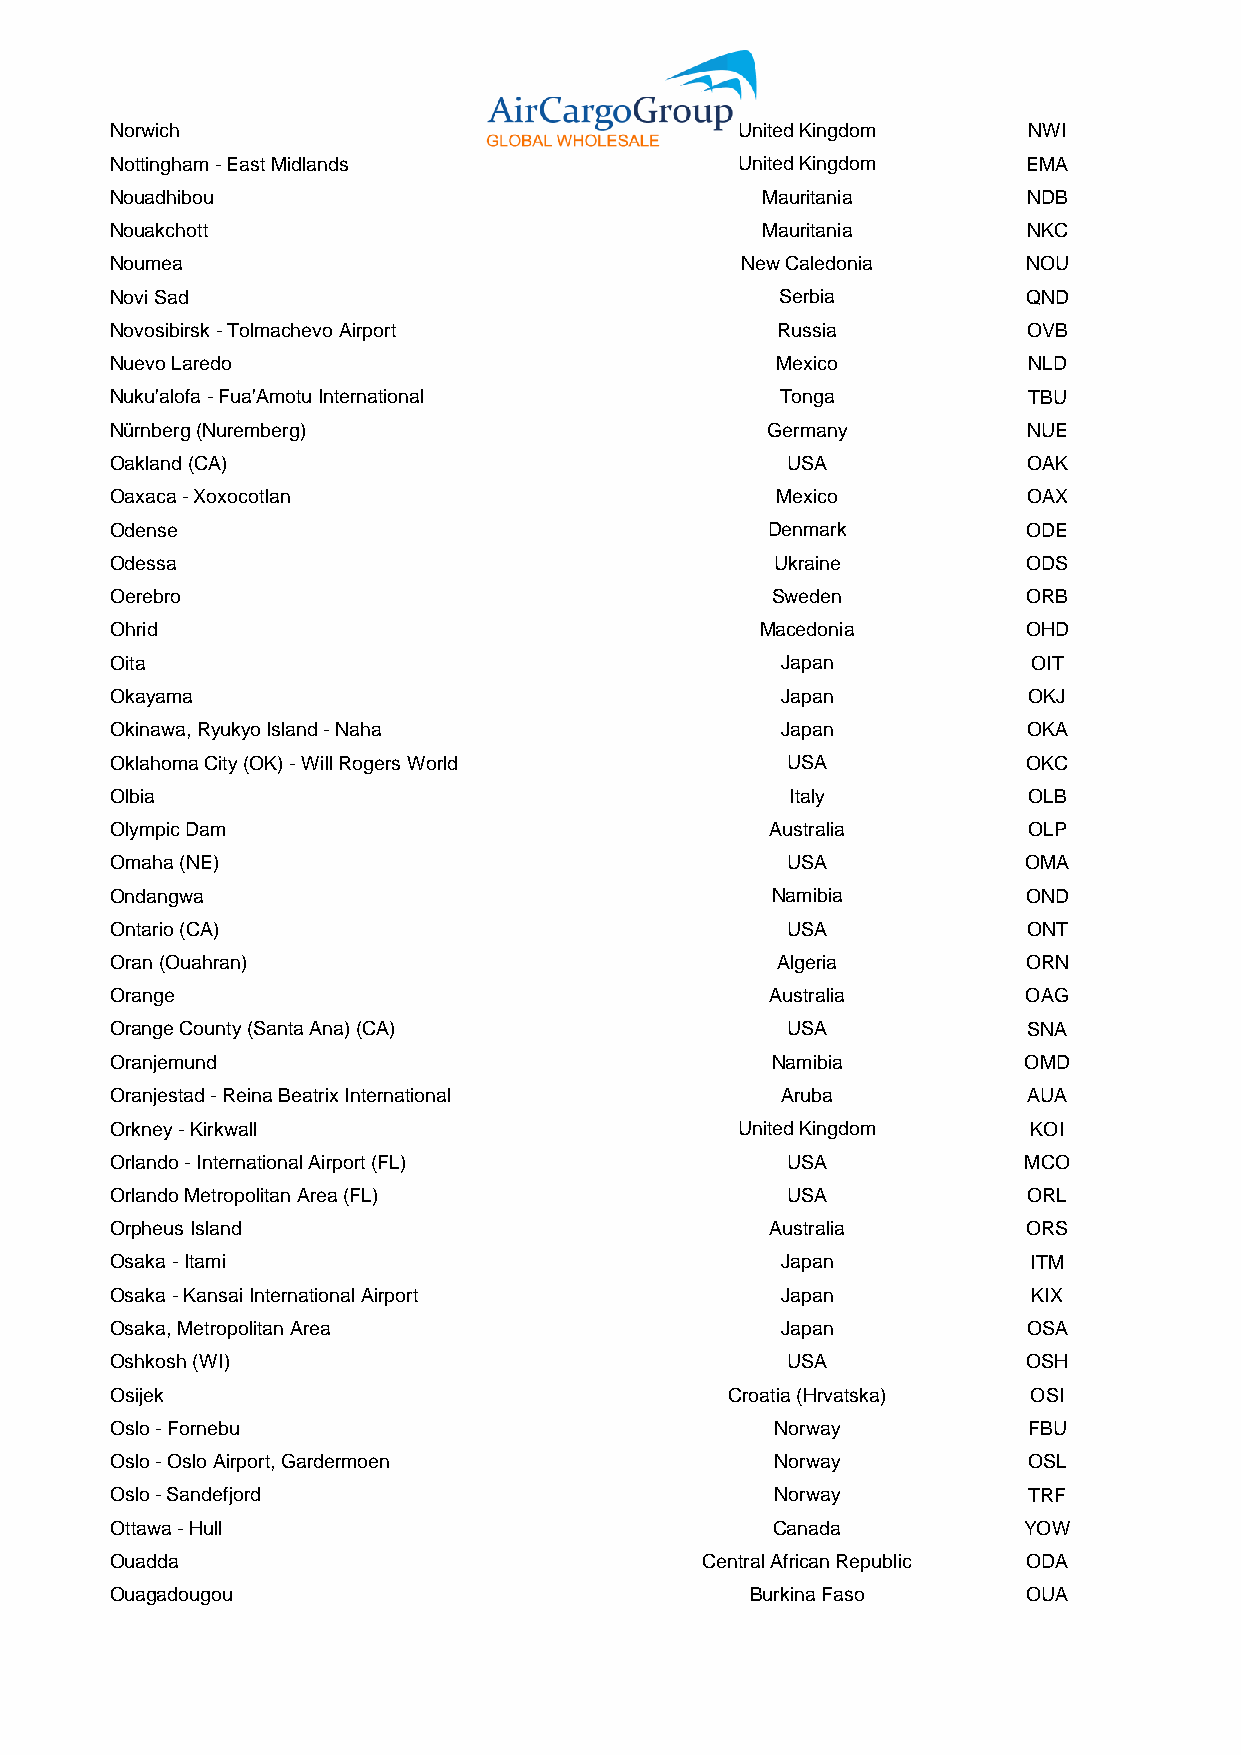
Norwich                                   United Kingdom     NWI
 Nottingham - East Midlands                United Kingdom     EMA
 Nouadhibou                                 Mauritania        NDB
 Nouakchott                                 Mauritania        NKC
 Noumea                                    New Caledonia      NOU
 Novi Sad                                     Serbia          QND
 Novosibirsk - Tolmachevo Airport            Russia           OVB
 Nuevo Laredo                                Mexico           NLD
 Nuku'alofa - Fua'Amotu International         Tonga           TBU
 Nürnberg (Nuremberg)                        Germany          NUE
 Oakland (CA)                                 USA             OAK
 Oaxaca - Xoxocotlan                         Mexico           OAX
 Odense                                      Denmark          ODE
 Odessa                                      Ukraine          ODS
 Oerebro                                     Sweden           ORB
 Ohrid                                      Macedonia         OHD
 Oita                                         Japan           OIT
 Okayama                                      Japan           OKJ
 Okinawa, Ryukyo Island - Naha                Japan           OKA
 Oklahoma City (OK) - Will Rogers World       USA             OKC
 Olbia                                        Italy           OLB
 Olympic Dam                                 Australia        OLP
 Omaha (NE)                                   USA             OMA
 Ondangwa                                    Namibia          OND
 Ontario (CA)                                 USA             ONT
 Oran (Ouahran)                              Algeria          ORN
 Orange                                      Australia        OAG
 Orange County (Santa Ana) (CA)               USA             SNA
 Oranjemund                                  Namibia          OMD
 Oranjestad - Reina Beatrix International     Aruba           AUA
 Orkney - Kirkwall                         United Kingdom     KOI
 Orlando - International Airport (FL)         USA             MCO
 Orlando Metropolitan Area (FL)               USA             ORL
 Orpheus Island                              Australia        ORS
 Osaka - Itami                                Japan           ITM
 Osaka - Kansai International Airport         Japan           KIX
 Osaka, Metropolitan Area                     Japan           OSA
 Oshkosh (WI)                                 USA             OSH
 Osijek                                   Croatia (Hrvatska)  OSI
 Oslo - Fornebu                              Norway           FBU
 Oslo - Oslo Airport, Gardermoen             Norway           OSL
 Oslo - Sandefjord                           Norway           TRF
 Ottawa - Hull                               Canada           YOW
 Ouadda                                 Central African Republic ODA
 Ouagadougou                                Burkina Faso      OUA